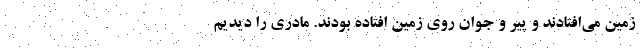
زمین می‌افتادند و پیر و جوان روی زمین افتاده بودند. مادری را دیدیم